Report on the cultivation and use of ganja
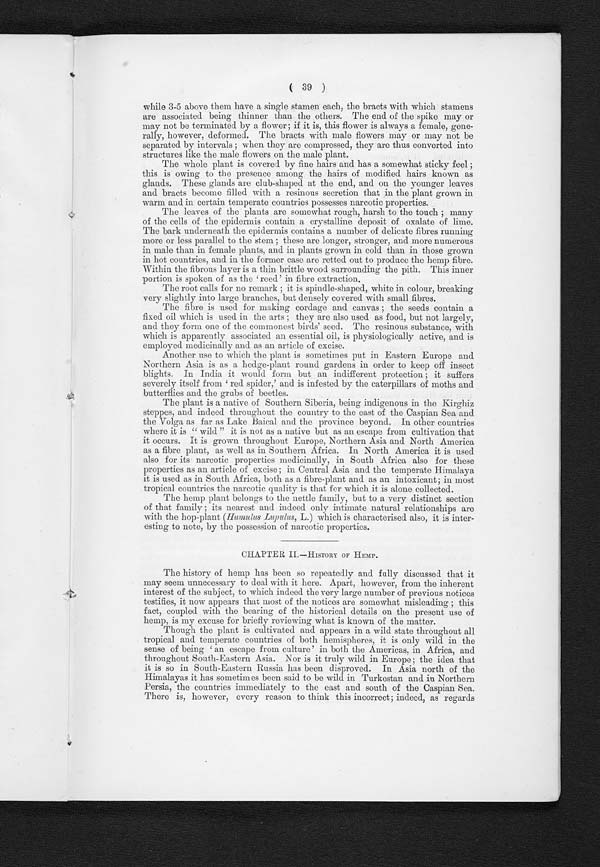
( 39 )
while 3-5 above them have a single stamen each, the bracts with which stamens
are associated being thinner than the others. The end of the spike may or
may not be terminated by a flower; if it is, this flower is always a female, gene-
rally, however, deformed. The bracts with male flowers may or may not be
separated by intervals ; when they are compressed, they are thus converted into
structures like the male flowers on the male plant.
The whole plant is covered by fine hairs and has a somewhat sticky feel ;
this is owing to the presence among the hairs of modified hairs known as
glands. These glands are club-shaped at the end, and on the younger leaves
and bracts become filled with a resinous secretion that in the plant grown in
warm and in certain temperate countries possesses narcotic properties.
The leaves of the plants are somewhat rough, harsh to the touch ; many
of the cells of the epidermis contain a crystalline deposit of oxalate of lime.
The bark underneath the epidermis contains a number of delicate fibres running
more or less parallel to the stem ; these are longer, stronger, and more numerous
in male than in female plants, and in plants grown in cold than in those grown
in hot countries, and in the former case are rated out to produce the hemp fibre.
W i t h i n t h e f i b r o u s l a y e r i n a t h i n b r i t t l e w o o d s u r r o u n d i n g t h e p i t h . T h i s i n n e r p o r t i o n i s s p o k e n o f a s t h e ' r e e d ' i n f i b r e e x t r a c t i o n .
The root calls for no remark ; it is spindle-shaped, white in colour, breaking
very slightly into large branches, but densely covered with small fibres.
The fibre is used for making cordage and canvas ; the seeds contain a
fixed oil which is used in the arts ; they are also used as food, but not largely,
and they form one of the commonest birds' seed. The resinous substance, with
which is apparently associated an essential oil, is physiologically active, and is
employed medicinally and as an article of excise.
Another use to which the plant is sometimes put in Eastern Europe and.
Northern Asia is as a hedge-plant round gardens in order to keep off insect
blights. In India it would form but an indifferent protection ; it suffers
severely itself from 'red spicier,' and is infested by the caterpillars of moths and
butterflies and the grabs of beetles.
The plant is a native of Southern Siberia, being indigenous in the Kirghiz
steppes, and indeed throughout the country to the east of the Caspian Sea and
the Volga as far as Lake Baical and the province beyond. In other countries
w h e r e i t i s " w i l d " i t o c c u r s . I t i s g r o w n t h r o u g h o u t E u r o p e , N o r t h e r n A s i a a n d N o r t h A m e r i c a
as a fibre plant, as well as in Southern Africa. In North America it is used
also for its narcotic properties medicinally, in South Africa also for these
properties as an article of excise ; in Central Asia and the temperate Himalaya
it is used as in South Africa, both as a fibre-plant and as an intoxicant; in most
tropical countries the narcotic quality is that for which it is alone collected.
The hemp plant belongs to the nettle family, but to a very distinct section
of that family ; its nearest and indeed only intimate natural relationships are
with the hop-plant (Humulus Lupulus , L.) which is characterised also, it is inter-
esting to note, by the possession of narcotic properties.
CHAPTER II—HISTORY OF HEMP.
The history of hemp has been so repeatedly and fully discussed that it
may seem unnecessary to deal with it here. Apart, however, from the inherent
interest of the subject, to which indeed the very large number of previous notices
testifies, it now appears that most of the notices are somewhat misleading ; this
fact, coupled with the bearing of the historical details on the present use of
hemp, is my excuse for briefly reviewing what is known of the matter.
Though the plant is cultivated and appears in a wild state throughout all
tropical and temperate countries of both hemispheres, it is only wild in the
sense of being 'an escape from culture' in both the Americas, in Africa, and
throughout South-Eastern Asia. Nor is it tr
u l y w i l d i n E u r o p e ; t h e i d e a t h a t i t i s s o i n S o u t h - E a s t e r n R u s s i a h a s b e e n d i s p r o v e d . I n A s i a n o r t h o f t h e
Himalayas it has sometimes been said to be wild in Turkestan and in Northern
Persia, the countries immediately to the east and south of the Caspian Sea.
There is, however, every reason to think this incorrect; indeed, as regards